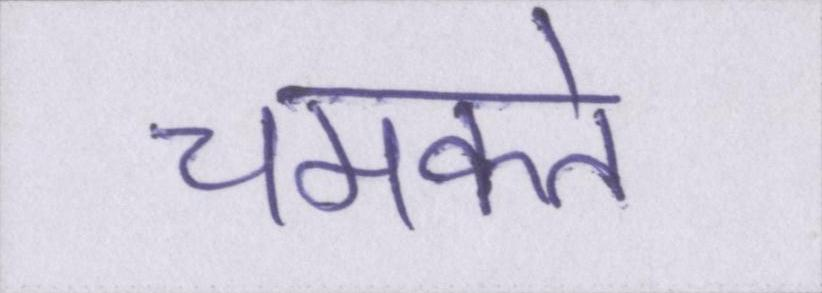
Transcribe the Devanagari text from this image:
चमकते